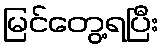
မြင်တွေ့ရပြီး